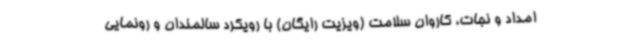
امداد و نجات، کاروان سلامت (ویزیت رایگان) با رویکرد سالمندان و رونمایی